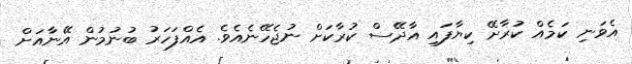
އެވަނި ކަމެއް ކުރާށޭ ކިޔާފައި އާދޭސް ކުރާކަށް ނުޖެހޭނެއެވެ. އެއްފަހަރު ބުނުމުން އޭނާއަށް